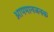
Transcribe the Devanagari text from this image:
आपमानजनक